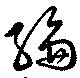
綸